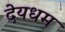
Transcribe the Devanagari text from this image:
देयधम